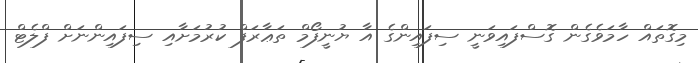
މިގޮތައް ހާމަވެގެން ގޮސްފައިވަނީ ސިފައިންގެ އާ ޔުނީފޯމް ތަޢާރަފް ކުރުމަށާއި ސިފައިންނަށް ފްލެޓް